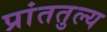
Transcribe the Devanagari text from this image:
प्रांततुल्य